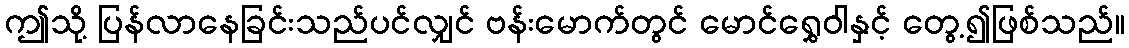
ဤသို့ ပြန်လာနေခြင်းသည်ပင်လျှင် ဗန်းမောက်တွင် မောင်ရွှေဝါနှင့် တွေ့၍ဖြစ်သည်။